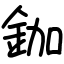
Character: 鉫